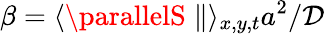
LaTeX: \beta=\langle\parallelS\parallel\rangle_{x,y,t}a^{2}/\mathcal{D}